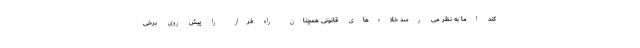
کند اما به نظر می رسد خلاءهای قانونی همچنان راه فرار را پیش روی برخی